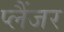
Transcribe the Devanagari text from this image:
प्लैंजर